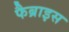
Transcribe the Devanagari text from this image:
फैब्राइस